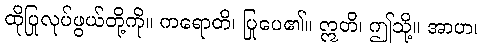
ထိုပြုလုပ်ဖွယ်တို့ကို။ ကရောတိ၊ ပြုပေ၏။ ဣတိ၊ ဤသို့။ အာဟ၊